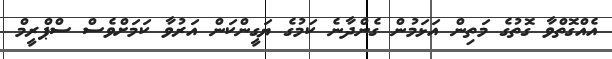
އެއްގޮތްވާ ގޮތުގެ މަތިން އަޅަމުން ގެންދާނެ ކަމުގެ ޔަގީންކަން އަރުވާ ކަމަށްވެސް ސްޕްރީމް